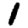
Digit: 1